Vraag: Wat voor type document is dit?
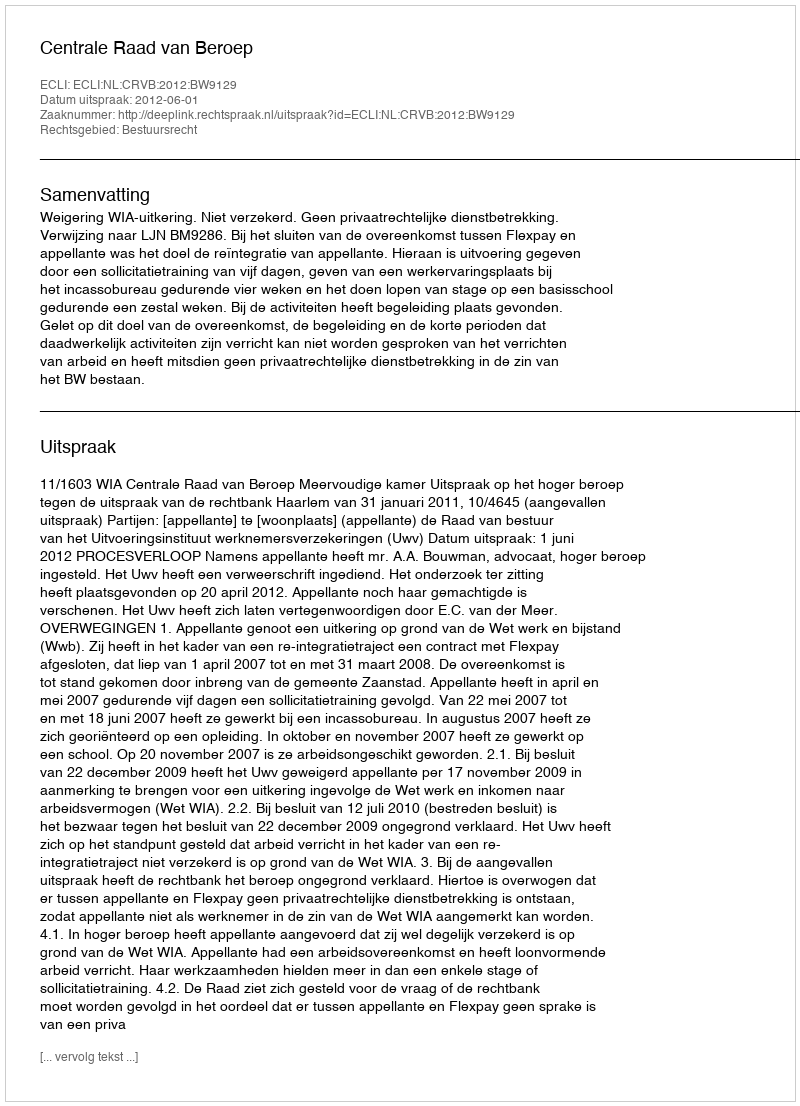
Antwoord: Uitspraak